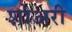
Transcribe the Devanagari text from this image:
शोअरी